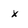
Character: X